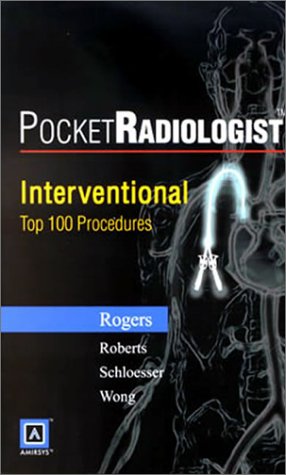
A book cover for Pocket Radiologist: Interventional Top 100 Diagnoses; Peter Rogers; Medical Books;